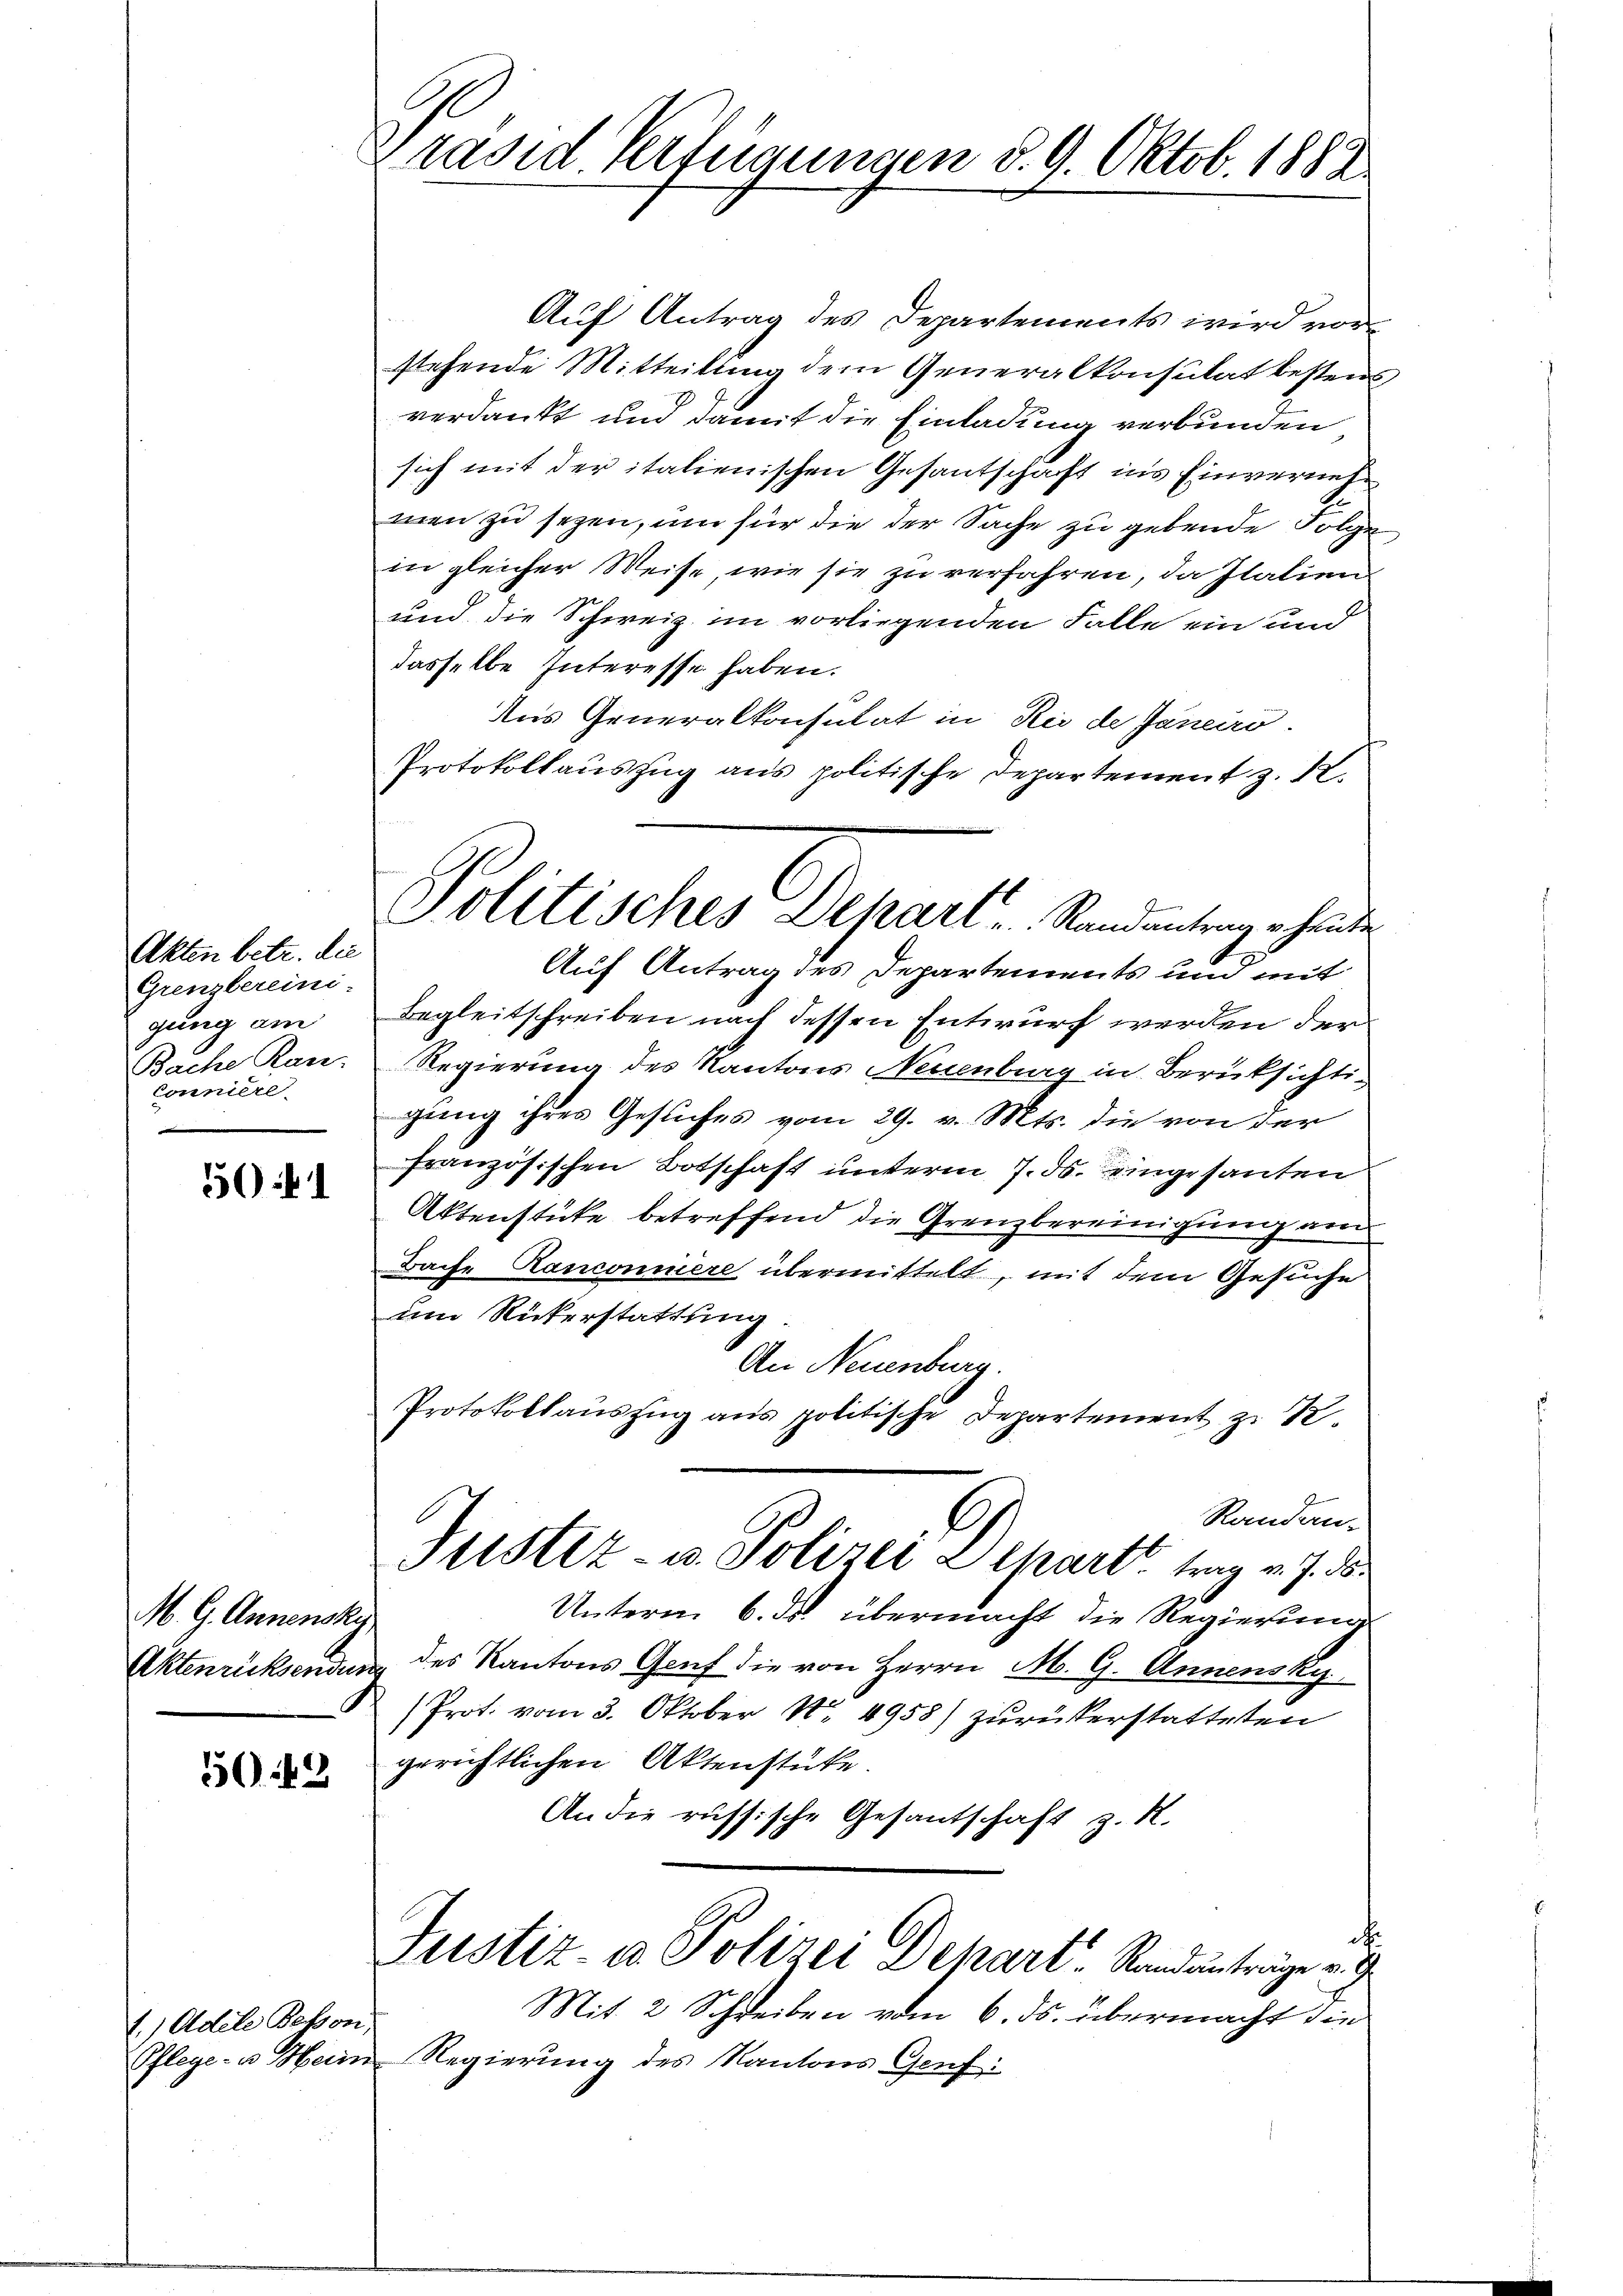
Brasid Verfügungen d. 9. Oktob. 1882.

Auf Antrag des Departements wird vorstehende Mitteilung dem Generalkonsulat bestens
verdankt und damit die Einladung verbunden
sich mit der italienischen Gesantschäft in’s Einvernehmen zu sezen, um für die der Sache zu gebende Folge
in gleicher Weise, wie sie zu verfahren, da Italien
und die Schweiz im vorliegenden Falle ein und
dasselbe Interesse haben.
Aus Generalkonsulat in Rio de Janeiro
Protokollauszug aus politische Departement z. R.
Auf Antrag des Departements und mit
Begleitschreiben nach dessen Entwurf werden der
Regierung des Kantons Neuenburg in Berücksichtigung ihres Gesuches vom 29. v. Mts. die von der
französischen Botschaft unterm 7. ds. eingesanten
Aktenstücke betreffend die Grenzbereinigung an
Bache Kanconiere übermittelt, mit dem Gesuche
um Rükerstattung
An Neuenburg
Protokollauszug aus politische Departement zu 1
Randan-
l
Justiz- u. Polizei Depart trag v. J. 1
Unterm 6. ds. übermacht die Regierung
des Kantons Gruf die von Herrn M. G. Annensky
(Prot. vom 3. Oktober 184958) zurückerstatteten
gerichtlichen Aktenstücke.
An die russische Gesantschaft z. R.
d
Justiz u. Polizei Dehart Randanträge u. g
Mit 2 Schreiben vom 6. ds. übermacht die
Pflege- u. Heim Regierung des Kantons Genf:

Politisches Dehart . . . Standentrag heute

Akten betr. die
Grenzbereini-
gung am
Bache Ran
Conniere.

501

M. G. Annensky,
Aktenrücksendung

5042

1.) Adele Beton